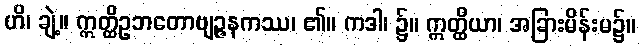
ဟိ၊ ချဲ့။ ဣတ္ထိဥဘတောဗျဉ္ဇနကဿ၊ ၏။ ကဒါ၊ ၌။ ဣတ္ထိယာ၊ အခြားမိန်းမ၌။